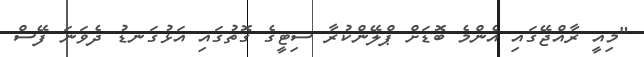
"މިއީ ރާއްޖޭގައި އެންމެ ބޮޑަށް ޕްލޭންކުރާ ސިޓީގެ ގޮތުގައި އަޅުގަނޑު ދެވަނަ ފޭސް